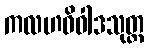
ကလဟဝိဝါဒသုတ္တ